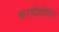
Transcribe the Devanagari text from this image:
बारथोलोमेव